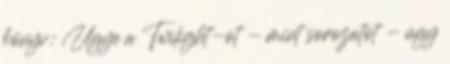
könyv: Ugye a Twilight-ot - mint sorozatot - úgy